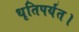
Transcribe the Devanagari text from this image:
धृतिपर्यंत।